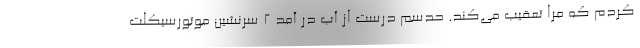
کردم که مرا تعقیب می‌کند. حدسم درست از آب در آمد ۲ سرنشین موتورسیکلت